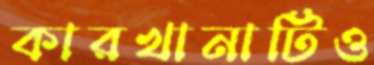
কারখানাটিও